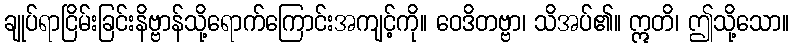
ချုပ်ရာငြိမ်းခြင်းနိဗ္ဗာန်သို့ရောက်ကြောင်းအကျင့်ကို။ ဝေဒိတဗ္ဗာ၊ သိအပ်၏။ ဣတိ၊ ဤသို့သော။